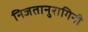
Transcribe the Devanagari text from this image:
निजतानुरागिनी